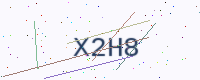
Text: X2H8